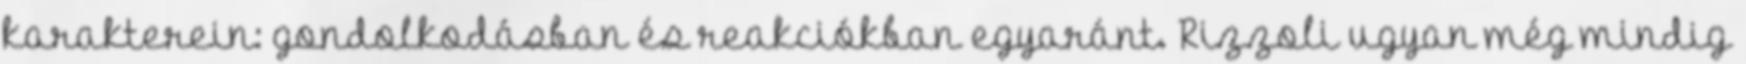
karakterein: gondolkodásban és reakciókban egyaránt. Rizzoli ugyan még mindig